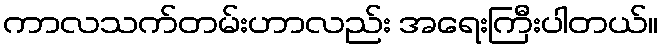
ကာလသက်တမ်းဟာလည်း အရေးကြီးပါတယ်။